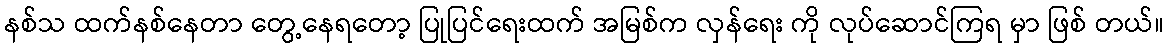
နစ်သ ထက်နစ်နေတာ တွေ့နေရတော့ ပြုပြင်ရေးထက် အမြစ်က လှန်ရေး ကို လုပ်ဆောင်ကြရ မှာ ဖြစ် တယ်။